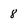
Character: 8